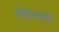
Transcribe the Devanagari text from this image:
गोवंशाची